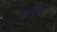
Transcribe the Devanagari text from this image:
डारवन